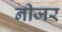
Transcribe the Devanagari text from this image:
नीजर